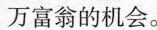
万富翁的机会。